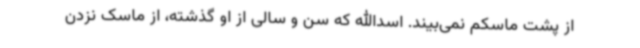
از پشت ماسکم نمی‌بیند. اسدالله که سن و سالی از او گذشته، از ماسک نزدن